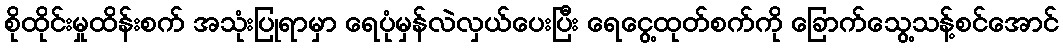
စိုထိုင်းမှုထိန်းစက် အသုံးပြုရာမှာ ရေပုံမှန်လဲလှယ်ပေးပြီး ရေငွေ့ထုတ်စက်ကို ခြောက်သွေ့သန့်စင်အောင်